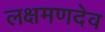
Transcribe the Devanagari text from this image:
लक्षमणदेव